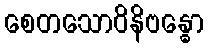
စေတသောဝိနိဗန္ဓော